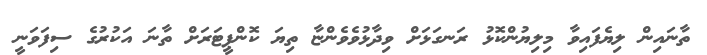
ތާނައިން ލިޔެފައިވާ މިލިޔުންކޮޅު ރަނގަޅަށް ވިދާޅުވެވެންޏާ ތިޔަ ކޮންޕީޓަރަށް ތާނަ އަކުރުގެ ސިފަވަނީ